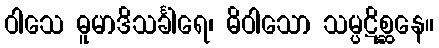
ဝါသေ ဓူမာဒိသင်္ခါရေ၊ ဓိဝါသော သမ္ပဋိစ္ဆနေ။